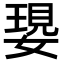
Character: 𡠝